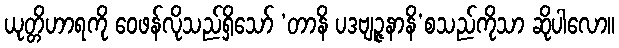
ယုတ္တိဟာရကို ဝေဖန်လိုသည်ရှိသော် ‘တာနိ ပဒဗျဉ္ဇနာနိ’စသည်ကိုသာ ဆိုပါလော။